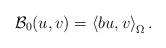
LaTeX: \begin{align*}{\mathcal{B}}_{0}(u,v)=\left\langle bu,v\right\rangle _{\Omega }. \end{align*}